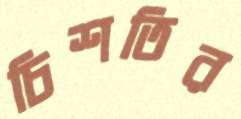
চিশতির